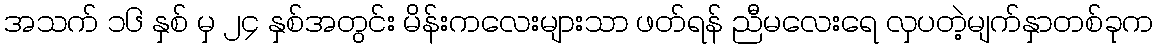
အသက် ၁၆ နှစ် မှ ၂၄ နှစ်အတွင်း မိန်းကလေးများသာ ဖတ်ရန် ညီမလေးရေ လှပတဲ့မျက်နှာတစ်ခုက